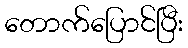
တောက်ပြောင်ပြီး